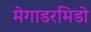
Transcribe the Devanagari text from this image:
मेगाडरमिडो